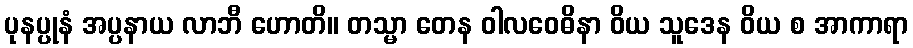
ပုနပ္ပုနံ အပ္ပနာယ လာဘီ ဟောတိ။ တသ္မာ တေန ဝါလဝေဓိနာ ဝိယ သူဒေန ဝိယ စ အာကာရာ